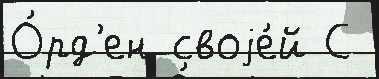
О́рд'ен своjе́й С